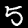
Label: 5